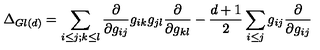
\Delta _ { G l ( d ) } = \sum _ { i \leq j ; k \leq l } \frac { \partial } { \partial g _ { i j } } g _ { i k } g _ { j l } \frac { \partial } { \partial g _ { k l } } - \frac { d + 1 } { 2 } \sum _ { i \leq j } g _ { i j } \frac { \partial } { \partial g _ { i j } }